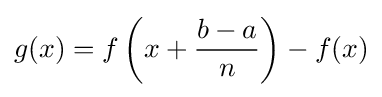
g(x)=f\left(x+{\dfrac {b-a}{n}}\right)-f(x)